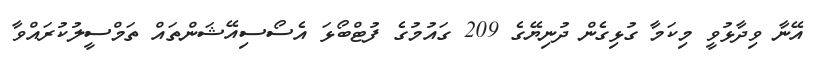
އޭނާ ވިދާޅުވީ މިކަމާ ގުޅިގެން ދުނިޔޭގެ 209 ގައުމުގެ ފުޓްބޯޅަ އެސޯސިއޭޝަންތައް ތަމްސީލުކުރައްވާ